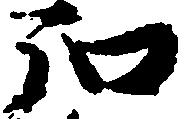
弘